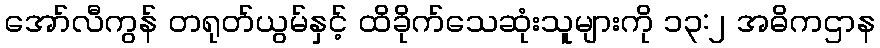
အော်လီကွန် တရုတ်ယွမ်နှင့် ထိခိုက်သေဆုံးသူများကို ၁၃:၂ အဓိကဌာန